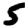
Digit: 5